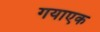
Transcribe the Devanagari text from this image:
गयाएक